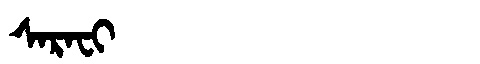
Manchu: ᠰᠠᡵᠠᠸᡳ
Romanization: SARAFI